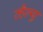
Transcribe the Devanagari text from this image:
व्हैल्यु